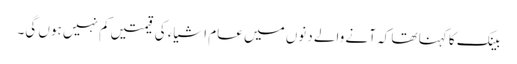
بینک کا کہنا تھا کہ آنے والے دنوں میں عام اشیاء کی قیمتیں کم نہیں ہوں گی۔